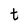
Character: t